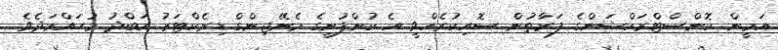
އަމީން ކޮންސްޓްރަކްޝަންގެ ފަރާތުން ސޮއިކުރެއްވީ އެ ކުންފުނީގެ މެނޭޖިންގް ޑިރެކްޓަރު އަބްދު މުހައްމަދެވެ.